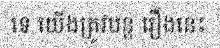
ទេ យើងត្រូវបន្ត រឿងនេះ